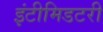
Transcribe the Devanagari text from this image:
इंटीमिडटरी